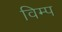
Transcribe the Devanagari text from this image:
विम्प